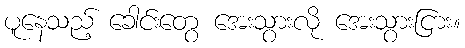
ပူနေသည့် ခေါင်းတွေ အေးသွားလို အေးသွားငြား။